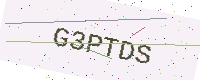
Text: G3PTDS